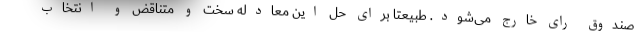
صندوق رای خارج می‌شود. طبیعتا برای حل این معادله سخت و متناقض و انتخاب